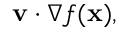
\mathbf { v } \cdot { \nabla f ( \mathbf { x } ) } ,